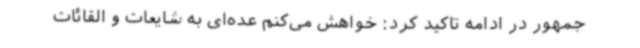
جمهور در ادامه تاکید کرد: خواهش می‌کنم عده‌ای به شایعات و القائات